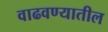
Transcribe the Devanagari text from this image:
वाढवण्यातील